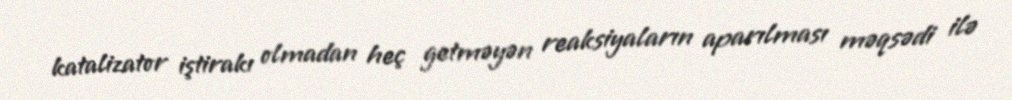
katalizator iştirakı olmadan heç getməyən reaksiyaların aparılması məqsədi ilə